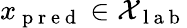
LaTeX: x_{\mathrm{~p~r~e~d~}}\in\mathcal{X}_{\mathrm{~l~a~b~}}